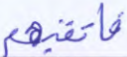
فارتقبهم